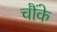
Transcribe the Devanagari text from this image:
चौंके